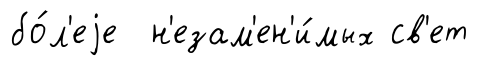
бо́л'еjе н'езам'ен'и́мых св'ет